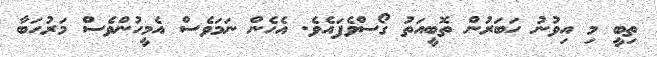
ތިބީ މި އިވުނު ހަބަރުން ތޮބީއަތު ގޯސްވެފައެވެ. އެހެން ނަމަވެސް އެމީހުންވެސް މަރުހަބާ